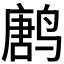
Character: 𱊝